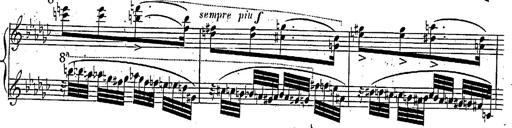
Title: Marche et Cavatine de Lucie de Lammermoor, S.398
Composer: Franz Liszt